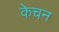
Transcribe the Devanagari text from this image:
केचन